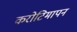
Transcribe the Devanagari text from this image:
करोटिमापन